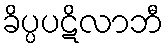
ခိပ္ပပဋိလာဘီ